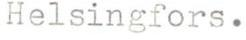
Helsingfors.